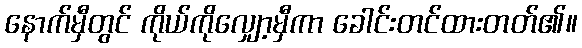
နောက်မှီတွင် ကိုယ်ကိုလျှော့မှီကာ ခေါင်းတင်ထားတတ်၏။